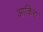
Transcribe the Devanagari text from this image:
आकिरा